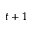
t + 1